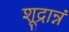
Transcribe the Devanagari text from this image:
शूद्रान्नं